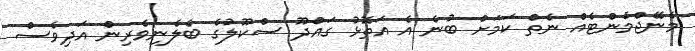
މެނޭޖްމެންޓެއް ނެތް ކަމަށް ބުނެ އެ އަތޮޅު ގައްދޫ ސްކޫލުގެ ބެލެނިވެރިން އަދިވެސް